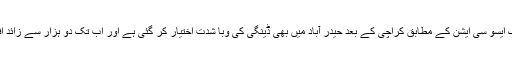
دوسری جانب پا کستان پیڈیا ٹریک ایسو سی ایشن کے مطابق کراچی کے بعد حیدر آباد میں بھی ڈینگی کی وبا شدت اختیار کر گئی ہے اور اب تک دو ہزار سے زائد افراد ڈینگی میں مبتلا ہو چکے ہیں۔